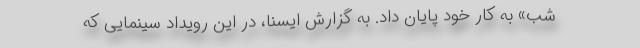
شب» به کار خود پایان داد. به گزارش ایسنا، در این رویداد سینمایی که